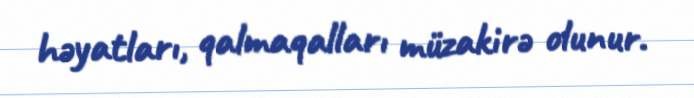
həyatları, qalmaqalları müzakirə olunur.